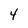
Character: 4